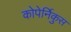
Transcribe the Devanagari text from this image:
कोपेर्निकुस